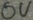
Text: 0V